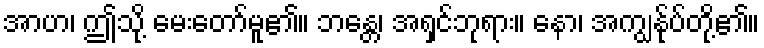
အာဟ၊ ဤသို့ မေးတော်မူ၏။ ဘန္တေ၊ အရှင်ဘုရား။ နော၊ အကျွန်ုပ်တို့၏။